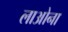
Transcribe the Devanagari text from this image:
लाओना